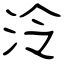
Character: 泠